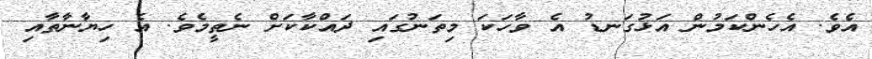
އެވެ. އެހެންކަމުން އަޅުގަނޑު އެ ވާހަކަ މިތަނުގައި ދައްކާކަށް ނެތީމެވެ. އެ ހިޔާނާތާއި